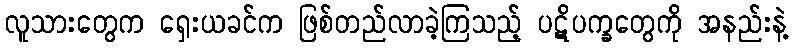
လူသားတွေက ရှေးယခင်က ဖြစ်တည်လာခဲ့ကြသည့် ပဋိပက္ခတွေကို အနည်းနဲ့